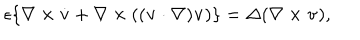
\epsilon \{ \nabla \times \dot { \bf v } + \nabla \times ( ( { \bf v } \cdot \nabla ) { \bf v } ) \} = \Delta ( \nabla \times { \bf v } ) ,